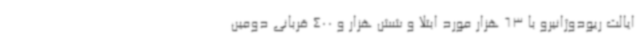
ایالت ریودوژانیرو با 63 هزار مورد ابتلا و شش هزار و 400 قربانی دومین